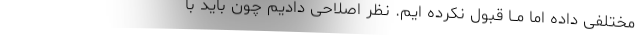
مختلفی داده اما مــا قبول نکرده ایم. نظر اصلاحی دادیم چون باید با